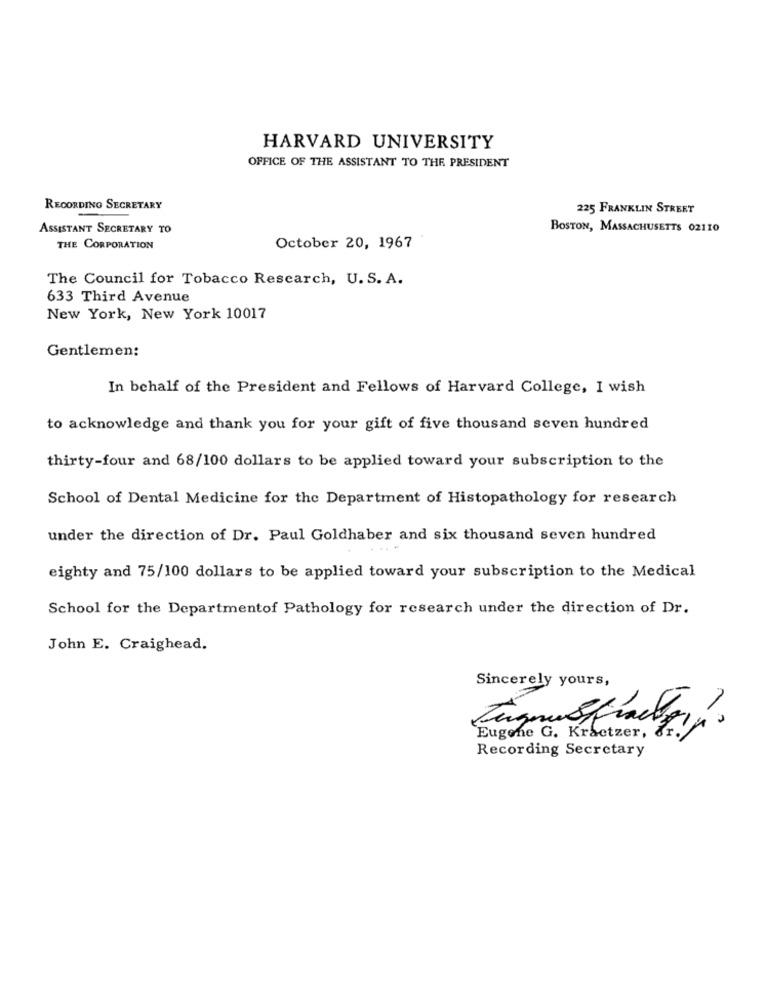
HARVARD UNIVERSITY
OFFICE OF THE ASSISTANT TO THE PRESIDENT
RECORDING SECRETARY
225 FRANKLIN STREET
ASSISTANT SECRETARY TO
BOSTON, MASSACHUSETTS 02110
THE CORPORATION
October 20, 1967
The Council for Tobacco Research, U. S. A.
633 Third Avenue
New York, New York 10017
Gentlemen:
In behalf of the President and Fellows of Harvard College, I wish
to acknowledge and thank you for your gift of five thousand seven hundred
thirty-four and 68/100 dollars to be applied toward your subscription to the
School of Dental Medicine for the Department of Histopathology for research
under the direction of Dr. Paul Goldhaber and six thousand seven hundred
eighty and 75/100 dollars to be applied toward your subscription to the Medical
School for the Departmentof Pathology for research under the direction of Dr.
John E. Craighead.
Sincerely yours,
Eugene G. Kraetzer,
Recording Secretary